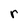
Character: r